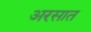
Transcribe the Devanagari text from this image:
अरसात